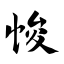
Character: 悛